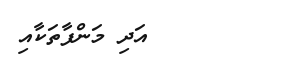
٧٣        އަދި މަންފާތަކާއި